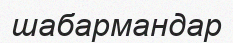
шабармандар